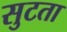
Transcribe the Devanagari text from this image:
सुटता